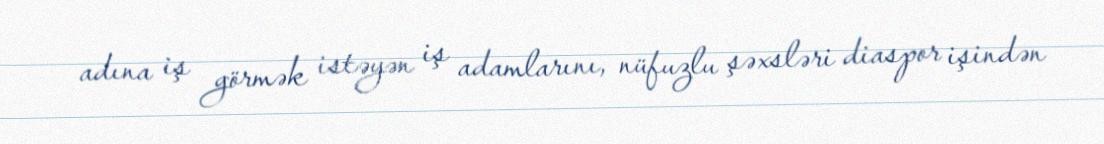
adına iş görmək istəyən iş adamlarını, nüfuzlu şəxsləri diaspor işindən